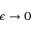
\epsilon \to 0